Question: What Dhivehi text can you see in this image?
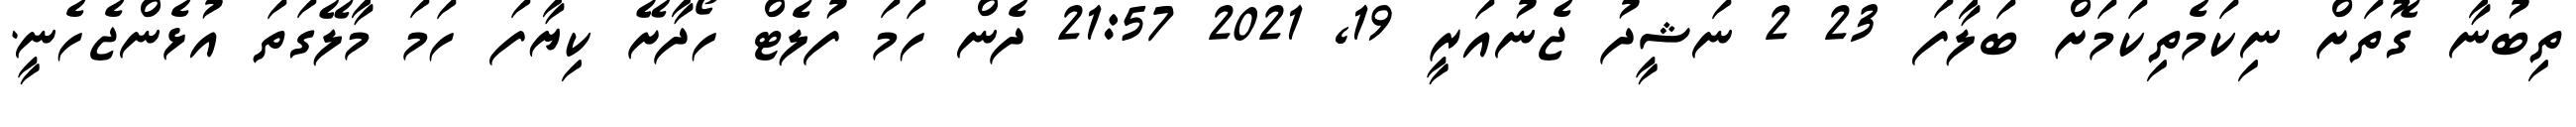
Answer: ތިބުނާ ގޮތަށް ނިކަމެތިކަމަށް ބަލާފަ 23 2 ނަޝީދު ޖެނުއަރީ 19, 2021 21:57 ދެން ހަމަ ފުލެޓް ހޯދާށޭ ކިޔާފަ ހަމަ މާލޭގަތަ އުޅެންޖެހެނީ.